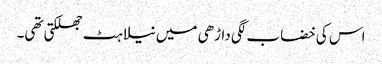
اس کی خضاب لگی داڑھی میں نیلاہٹ جھلکتی تھی۔